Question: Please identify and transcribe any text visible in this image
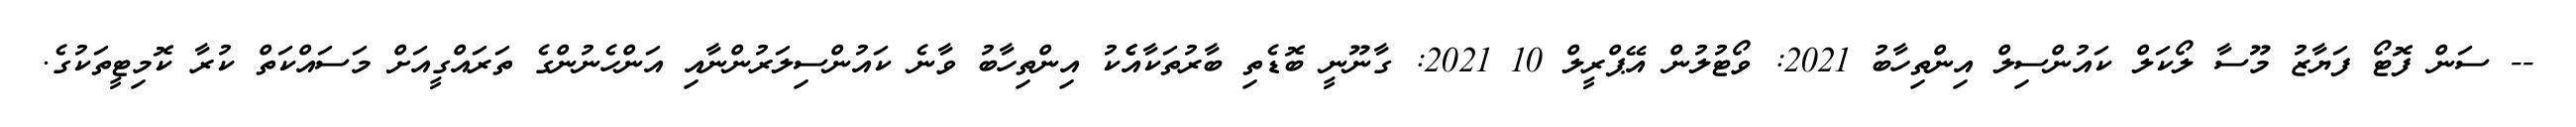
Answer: -- ސަން ފޮޓޯ ފަޔާޒު މޫސާ ލޯކަލް ކައުންސިލް އިންތިހާބު 2021: ވޯޓުލުން އޭޕްރީލް 10 2021: ގާނޫނީ ބޮޑެތި ބާރުތަކާއެެކު އިންތިހާބު ވާނެ ކައުންސިލަރުންނާއި އަންހެނުންގެ ތަރައްގީއަށް މަސައްކަތް ކުރާ ކޮމިޓީތަކުގެ.